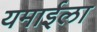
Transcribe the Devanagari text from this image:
यमाईला